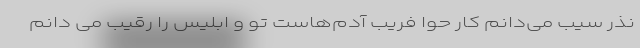
نذرِ سیب می‌دانم کار حوا فریبِ آدم‌هاست تو وَ ابلیس را رقیب می دانم